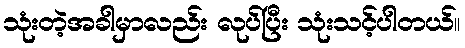
သုံးတဲ့အခါမှာလည်း လုပ်ပြီး သုံးသင့်ပါတယ်။